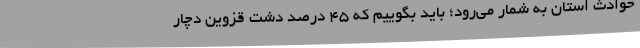
حوادث استان به شمار می‌رود؛ باید بگوییم که 45 درصد دشت قزوین دچار